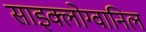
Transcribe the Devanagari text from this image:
साइक्लोग्वानिल